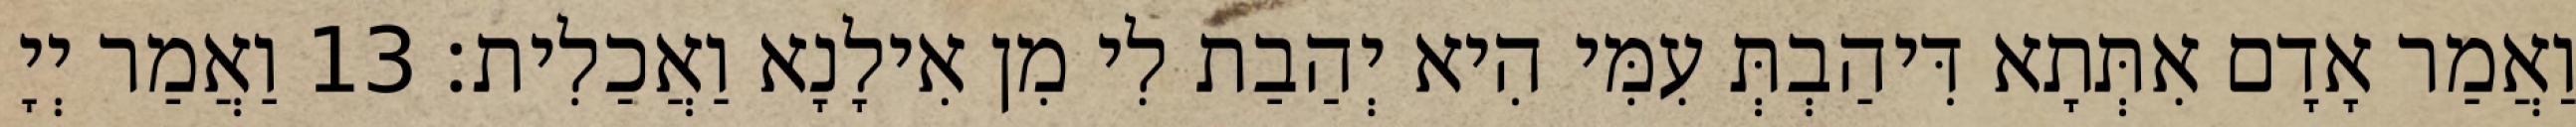
וַאֲמַר אָדָם אִתְּתָא דִּיהַבְתְּ עִמִּי הִיא יְהַבַת לִי מִן אִילָנָא וַאֲכַלִית׃ 13 וַאֲמַר יְיָ